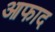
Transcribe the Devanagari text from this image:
आफाद